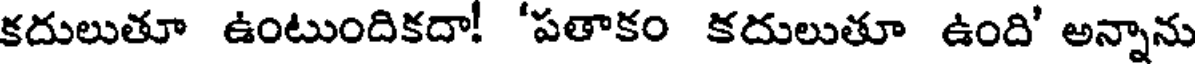
కదులుతూ ఉంటుందికదా! 'పతాకం కదులుతూ ఉంది' అన్నాను